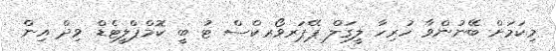
މިކަމަށް ބޭނުންވާ ހުރިހާ ލީގަލް ޕޭޕަރވޯރކްސް ޓު ބީ ކޮމްޕްލީޓެޑް ވިދް އިން